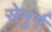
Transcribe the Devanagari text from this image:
सेमुर्ग